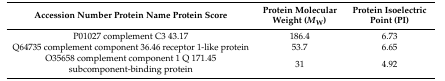
<table><thead><tr><td><b>Accession Number Protein Name Protein Score</b></td><td><b>Protein Molecular Weight (<i>M</i><sub>W</sub>)</b></td><td><b>Protein Isoelectric Point (PI)</b></td></tr></thead><tbody><tr><td>P01027 complement C3 43.17</td><td>186.4</td><td>6.73</td></tr><tr><td>Q64735 complement component 36.46 receptor 1-like protein</td><td>53.7</td><td>6.65</td></tr><tr><td>O35658 complement component 1 Q 171.45 subcomponent-binding protein</td><td>31</td><td>4.92</td></tr></tbody></table>